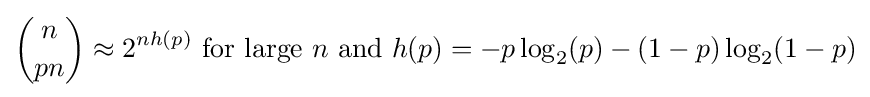
{n \choose pn}\approx 2^{nh(p)}{\text{ for large }}n{\text{ and }}h(p)=-p\log _{2}(p)-(1-p)\log _{2}(1-p)